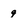
Character: 9